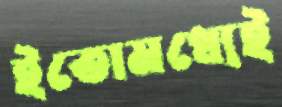
ইতোমধ্যেই